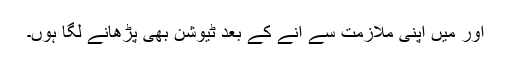
اور میں اپنی ملازمت سے آنے کے بعد ٹیوشن بھی پڑھانے لگا ہوں۔